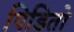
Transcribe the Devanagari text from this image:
पिडितो